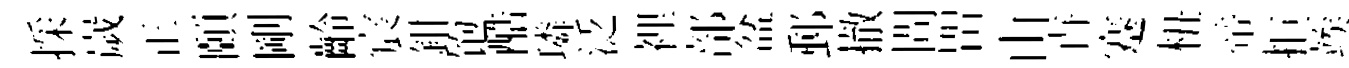
採嵗正頤剛齡宸鉗饱酷璘泛裡部盆郵撤問㽞由卋蹇杻帝拒竢